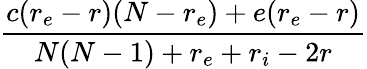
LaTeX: \frac{c(r_{e}-r)(N-r_{e})+e(r_{e}-r)}{N(N-1)+r_{e}+r_{i}-2r}